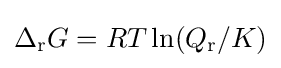
\Delta _{\mathrm {r} }G=RT\ln(Q_{\mathrm {r} }/K)